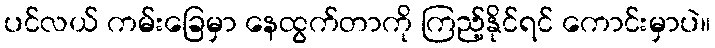
ပင်လယ် ကမ်းခြေမှာ နေထွက်တာကို ကြည့်နိုင်ရင် ကောင်းမှာပဲ။